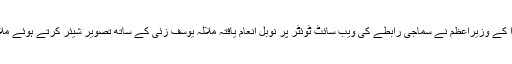
تفصیلات کے مطابق کینیڈا کے وزیراعظم نے سماجی رابطے کی ویب سائٹ ٹوئٹر پر نوبل انعام یافتہ ملالہ یوسف زئی کے ساتھ تصویر شیئر کرتے ہوئے ملاقات کو زبردست قرار دیا۔